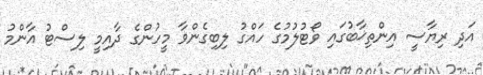
އަދި ރިޔާސީ އިންތިޚާބުގައި ވޯޓުލުމުގެ ހައްގު ލިބިގެންވާ މީހުންގެ ދާއިމީ ލިސްޓު އާންމު